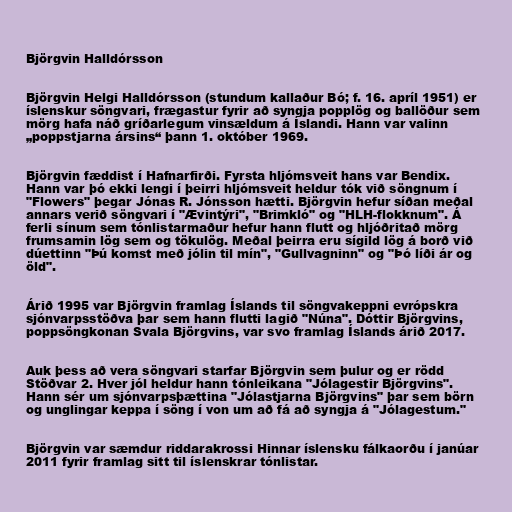
Björgvin Halldórsson

Björgvin Helgi Halldórsson (stundum kallaður Bó; f. 16. apríl 1951) er
íslenskur söngvari, frægastur fyrir að syngja popplög og ballöður sem
mörg hafa náð gríðarlegum vinsældum á Íslandi. Hann var valinn
„poppstjarna ársins“ þann 1. október 1969.

Björgvin fæddist í Hafnarfirði. Fyrsta hljómsveit hans var Bendix.
Hann var þó ekki lengi í þeirri hljómsveit heldur tók við söngnum í
"Flowers" þegar Jónas R. Jónsson hætti. Björgvin hefur síðan meðal
annars verið söngvari í "Ævintýri", "Brimkló" og "HLH-flokknum". Á
ferli sínum sem tónlistarmaður hefur hann flutt og hljóðritað mörg
frumsamin lög sem og tökulög. Meðal þeirra eru sígild lög á borð við
dúettinn "Þú komst með jólin til mín", "Gullvagninn" og "Þó líði ár og
öld".

Árið 1995 var Björgvin framlag Íslands til söngvakeppni evrópskra
sjónvarpsstöðva þar sem hann flutti lagið "Núna". Dóttir Björgvins,
poppsöngkonan Svala Björgvins, var svo framlag Íslands árið 2017.

Auk þess að vera söngvari starfar Björgvin sem þulur og er rödd
Stöðvar 2. Hver jól heldur hann tónleikana "Jólagestir Björgvins".
Hann sér um sjónvarpsþættina "Jólastjarna Björgvins" þar sem börn
og unglingar keppa í söng í von um að fá að syngja á "Jólagestum."

Björgvin var sæmdur riddarakrossi Hinnar íslensku fálkaorðu í janúar
2011 fyrir framlag sitt til íslenskrar tónlistar.